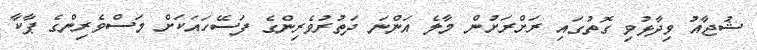
ޝުޖާއު ވިދާޅުވި ގޮތުގައި ރަށްރަށުން މާލެ އަންނަ ދަތުރުވެރިންގެ ފަސޭހައަކަށް މަސްވެރިންގެ ޕާކާ